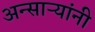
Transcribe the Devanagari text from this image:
अन्साऱ्यांनी